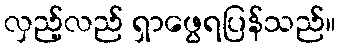
လှည့်လည် ရှာဖွေရပြန်သည်။